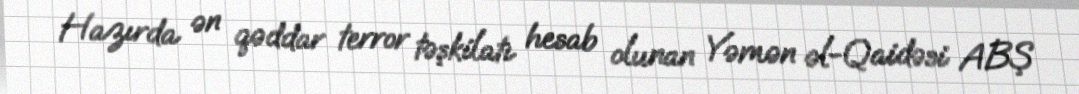
Hazırda ən qəddar terror təşkilatı hesab olunan Yəmən əl-Qaidəsi ABŞ